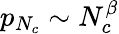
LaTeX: p_{N_{c}}\sim N_{c}^{\beta}